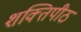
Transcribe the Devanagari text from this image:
शक्‍तिपीठ